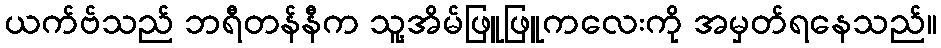
ယက်ဗ်သည် ဘရီတန်နီက သူ့အိမ်ဖြူဖြူကလေးကို အမှတ်ရနေသည်။